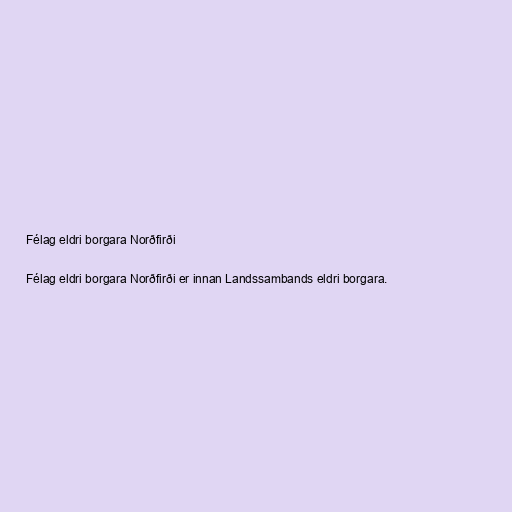
Félag eldri borgara Norðfirði

Félag eldri borgara Norðfirði er innan Landssambands eldri borgara.